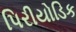
પિરીયોડિક